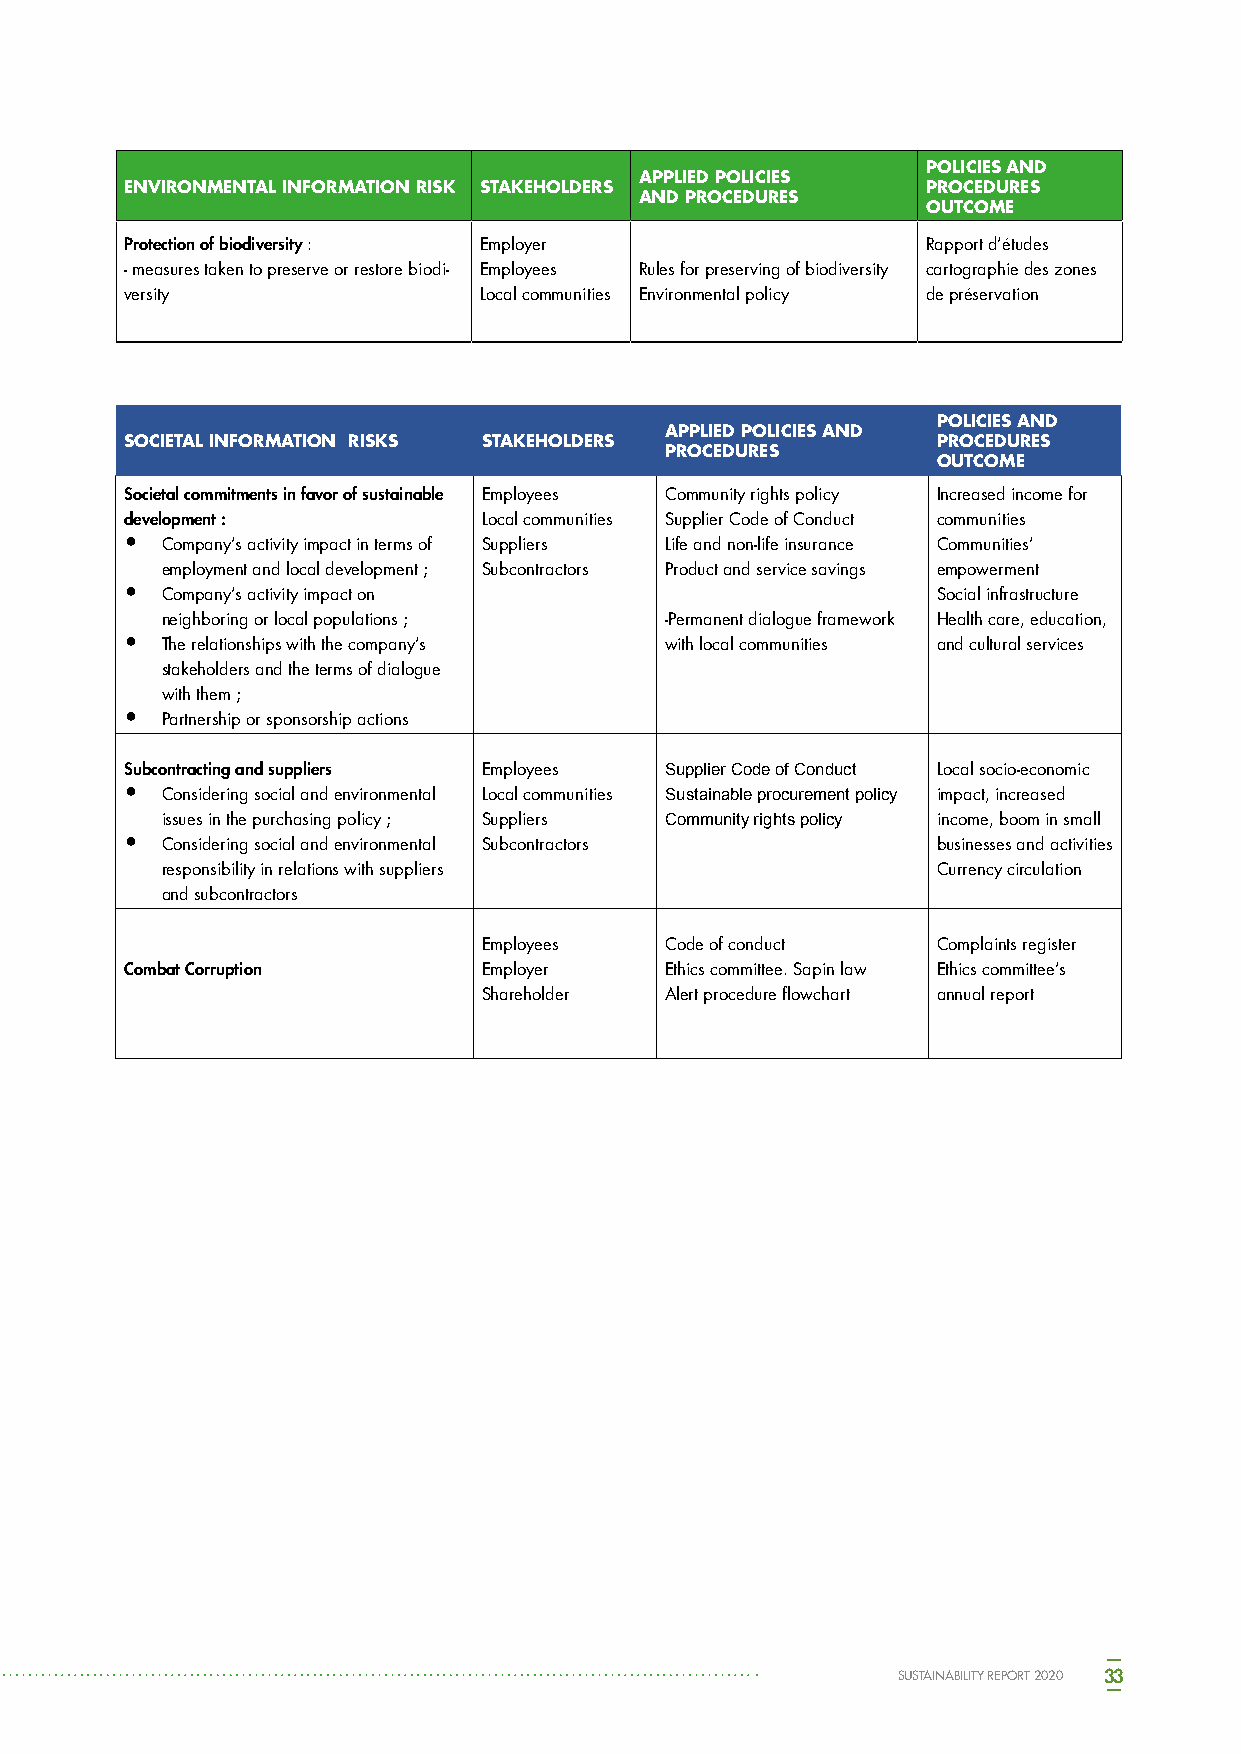
POLICIES AND
 APPLIED POLICIES
 ENVIRONMENTAL INFORMATION RISK STAKEHOLDERS          PROCEDURES
 AND PROCEDURES
 OUTCOME
 Protection of biodiversity : Employer                Rapport d’études
 - measures taken to preserve or restore biodi- Employees Rules for preserving of biodiversity cartographie des zones
 versity                 Local communities Environmental policy de préservation
 POLICIES AND
 APPLIED POLICIES AND
 SOCIETAL INFORMATION RISKS STAKEHOLDERS               PROCEDURES
 PROCEDURES
 OUTCOME
 Societal commitments in favor of sustainable Employees Community rights policy Increased income for
 development :           Local communities Supplier Code of Conduct communities
 •  Company’s activity impact in terms of Suppliers Life and non-life insurance Communities’
 employment and local development ; Subcontractors Product and service savings empowerment
 •  Company’s activity impact on                       Social infrastructure
 neighboring or local populations ; -Permanent dialogue framework Health care, education,
 •  The relationships with the company’s with local communities and cultural services
 stakeholders and the terms of dialogue
 with them ;
 •  Partnership or sponsorship actions
 Subcontracting and suppliers Employees Supplier Code of Conduct Local socio-economic
 •  Considering social and environmental Local communities Sustainable procurement policy impact, increased
 issues in the purchasing policy ; Suppliers Community rights policy income, boom in small
 •  Considering social and environmental Subcontractors businesses and activities
 responsibility in relations with suppliers         Currency circulation
 and subcontractors
 Employees   Code of conduct   Complaints register
 Combat Corruption       Employer    Ethics committee. Sapin law Ethics committee’s
 Shareholder Alert procedure flowchart annual report
 SUSTAINABILITY REPORT 2020 33